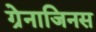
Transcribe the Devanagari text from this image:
ग्रेनाजिनस